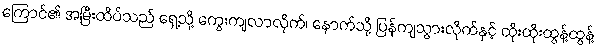
ကြောင်၏ အမြီးထိပ်သည် ရှေ့သို့ ကွေးကျလာလိုက်၊ နောက်သို့ ပြန်ကျသွားလိုက်နှင့် ထိုးထိုးထွန့်ထွန့်